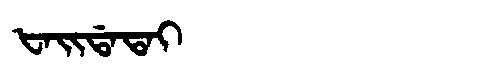
Manchu: ᡶᠠᡳᡩᠠᡨᠠᡳ
Romanization: FAIDATAI